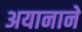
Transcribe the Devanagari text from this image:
अयानाने